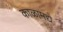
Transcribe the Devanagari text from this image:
काळामद्ये